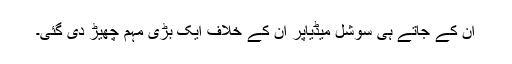
ان کے جاتے ہی سوشل میڈیاپر ان کے خلاف ایک بڑی مہم چھیڑ دی گئی۔